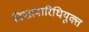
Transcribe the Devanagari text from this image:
विद्यावारिधियुक्त